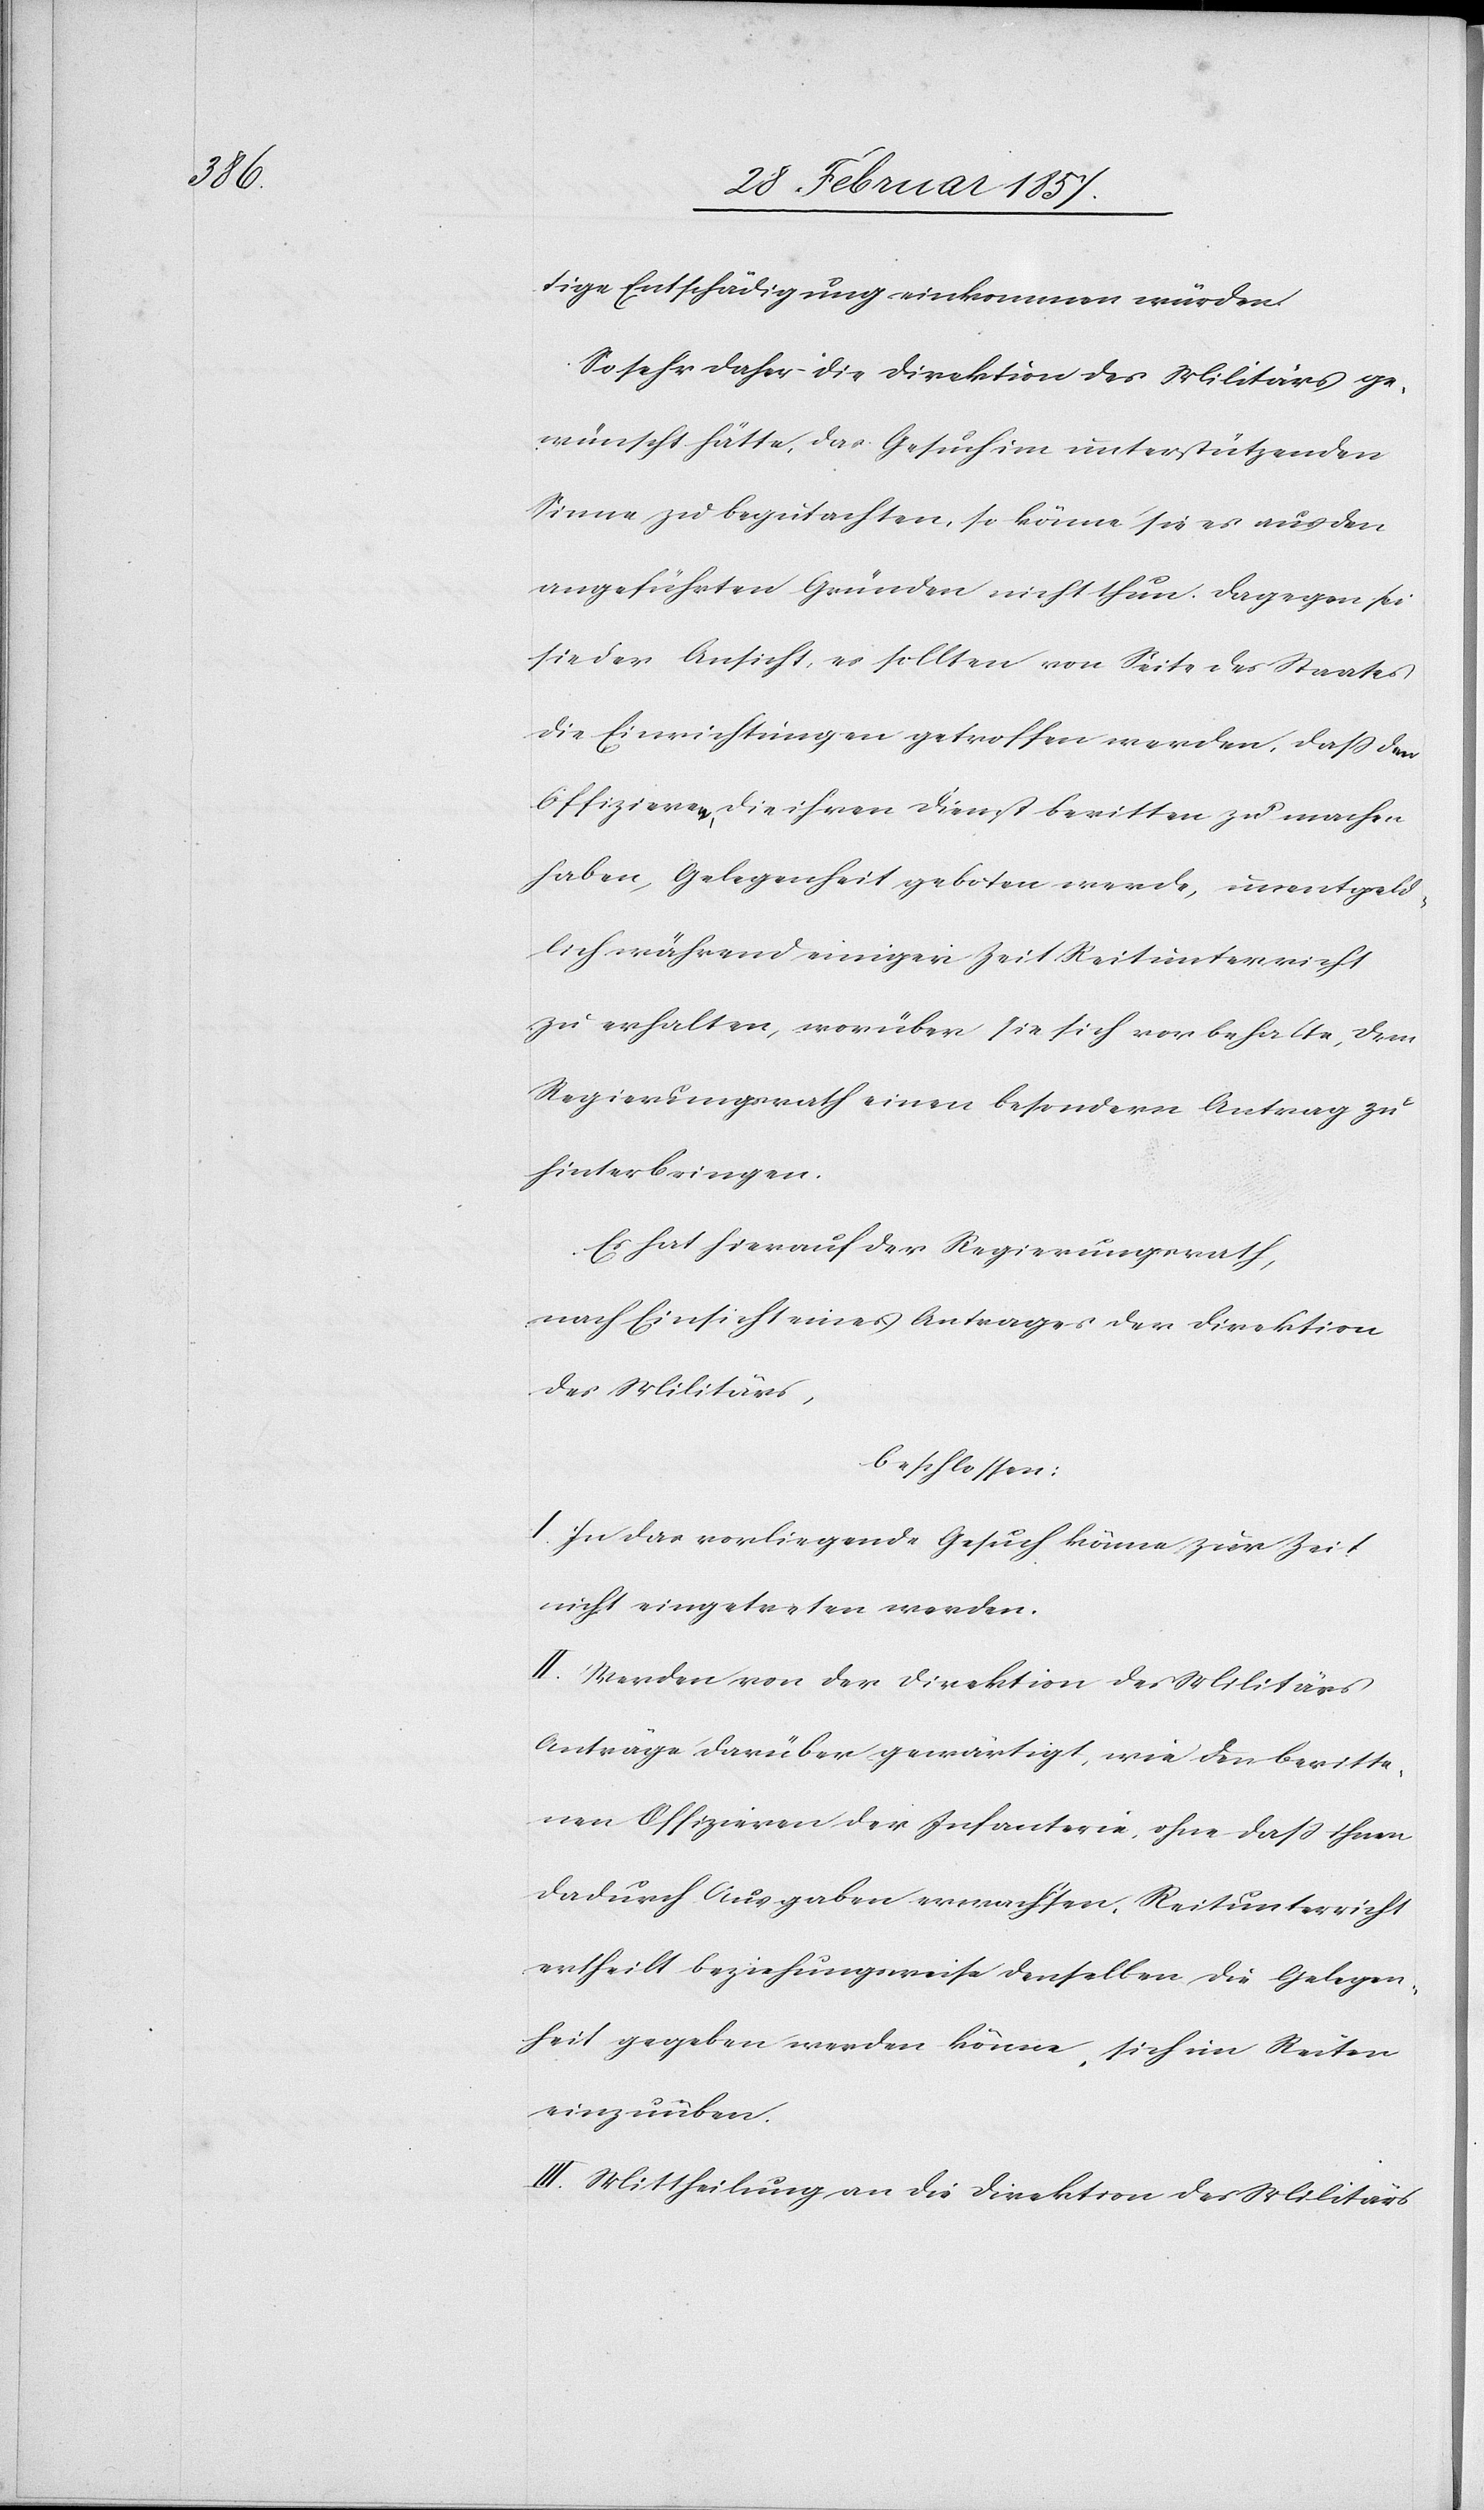
tige Entschädigung einkommen würden.
So sehr daher die Direktion des Militärs ge¬
wünscht hätte, das Gesuch im unterstützenden
Sinne zu begutachten, so könne sie es aus den
angeführten Gründen nicht thun. Dagegen sei
sie der Ansicht, es sollten von Seite des Staates
die Einrichtungen getroffen werden, daß den
Offizieren, die ihren Dienst beritten zu machen
haben, Gelegenheit geboten werde, unentgeld¬
lich während einiger Zeit Reitunterricht
zu erhalten, worüber sie sich vorbehalte, dem
Regierungsrath einen besondern Antrag zu
hinterbringen.
Es hat hierauf der Regierungsrath,
nach Einsicht eines Antrages der Direktion
des Militärs,
beschlossen:
I. In das vorliegende Gesuch könne zur Zeit
nicht eingetreten werden.
II. Werden von der Direktion des Militärs
Anträge darüber gewärtigt, wie den beritte¬
nen Offizieren der Infanterie, ohne daß ihnen
dadurch Ausgaben erwachsen, Reitunterricht
ertheilt beziehungsweise denselben die Gelegen¬
heit gegeben werden, sich im Reiten einzuüben.
III. Mittheilung an die Direktion des Militärs